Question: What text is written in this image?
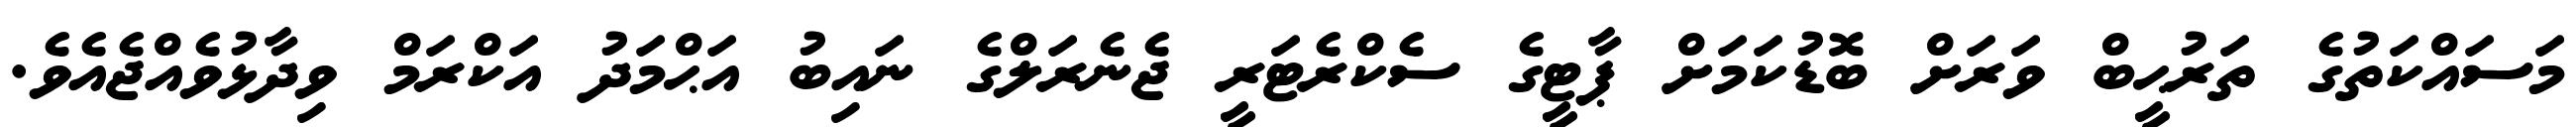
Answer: މަސައްކަތުގެ ތަރުޙީބް ވަރަށް ބޮޑުކަމަށް ޕާޓީގެ ސެކްރެޓަރީ ޖެނެރަލްގެ ނައިބު އަޙްމަދު އަކްރަމް ވިދާޅުވެއްޖެއެވެ.